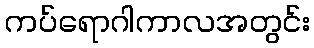
ကပ်ရောဂါကာလအတွင်း